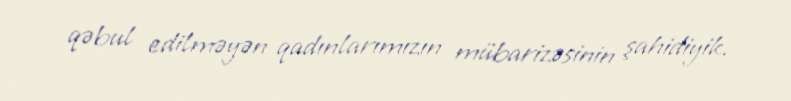
qəbul edilməyən qadınlarımızın mübarizəsinin şahidiyik.